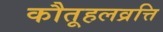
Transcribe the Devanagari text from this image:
कौतूहलव्रत्ति